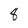
Character: 8